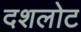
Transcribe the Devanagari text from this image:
दशलोट